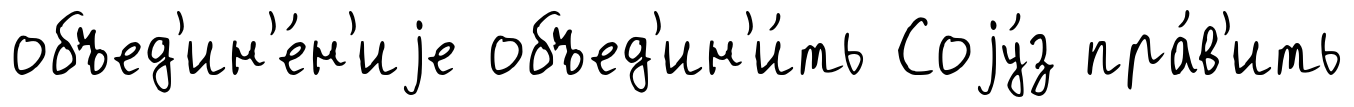
объед'ин'е́н'иjе объед'ин'и́ть Соjу́з пра́в'ить